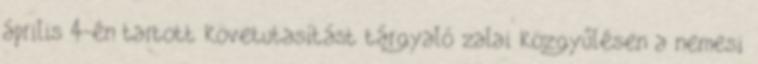
április 4-én tartott követutasítást tárgyaló zalai közgyűlésen a nemesi